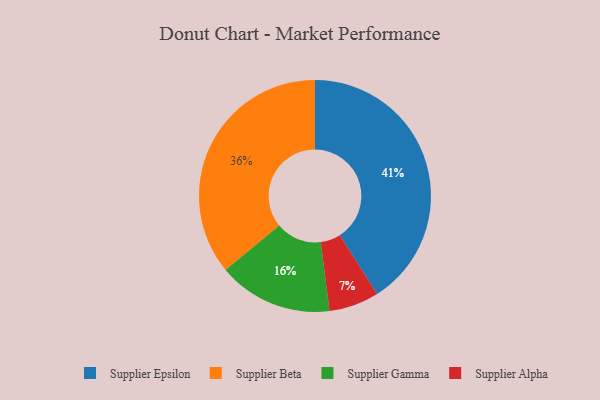
{"axis": {"x": "Category", "y": "Percentage"}, "legend": ["Supplier Alpha", "Supplier Beta", "Supplier Epsilon", "Supplier Gamma"], "data": [{"x": "Supplier Gamma", "y": 16, "type": "Supplier Gamma"}, {"x": "Supplier Epsilon", "y": 41, "type": "Supplier Epsilon"}, {"x": "Supplier Beta", "y": 36, "type": "Supplier Beta"}, {"x": "Supplier Alpha", "y": 7, "type": "Supplier Alpha"}]}